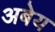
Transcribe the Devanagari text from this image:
अबेय